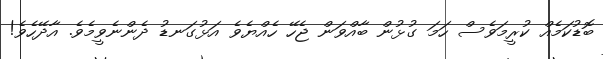
ބޮޑުކަމެއް ކުރީމަވެސް ހަމަ ގުޅުން ބާއްވަން ޖެހޭ ހެއްޔެވެ އަޅުގަނޑު ދެންނެވީމެވެ. އާދޭހެވެ!